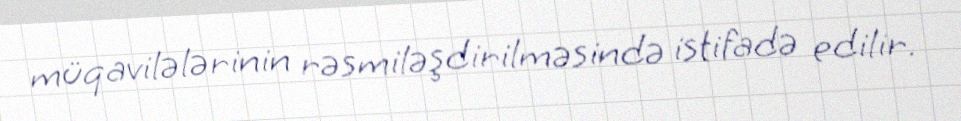
müqavilələrinin rəsmiləşdirilməsində istifadə edilir.